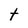
Character: t